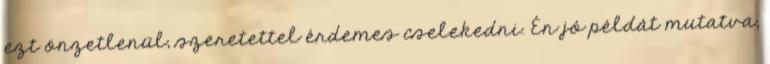
ezt önzetlenül, szeretettel érdemes cselekedni. Én jó példát mutatva,